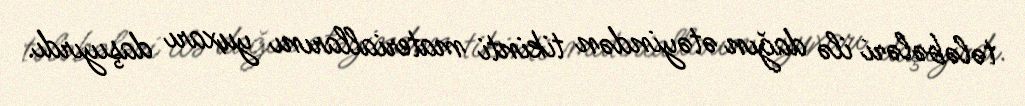
tələbələri ilə dağın ətəyindən tikinti materiallarını yuxarı daşıyırdı.